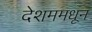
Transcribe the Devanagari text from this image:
देशममधून